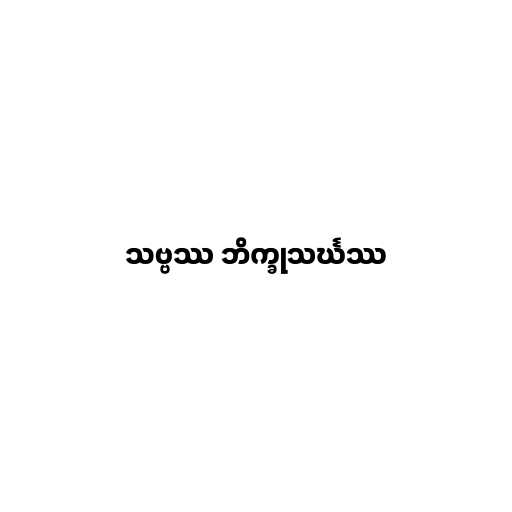
သဗ္ဗဿ ဘိက္ခုသင်္ဃဿ